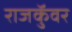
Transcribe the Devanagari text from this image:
राजकुॅवर